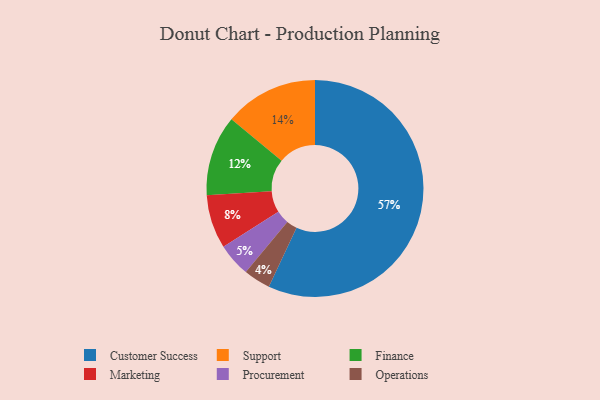
{"axis": {"x": "Category", "y": "Percentage"}, "legend": ["Customer Success", "Finance", "Marketing", "Operations", "Procurement", "Support"], "data": [{"x": "Support", "y": 14, "type": "Support"}, {"x": "Finance", "y": 12, "type": "Finance"}, {"x": "Customer Success", "y": 57, "type": "Customer Success"}, {"x": "Operations", "y": 4, "type": "Operations"}, {"x": "Marketing", "y": 8, "type": "Marketing"}, {"x": "Procurement", "y": 5, "type": "Procurement"}]}